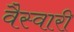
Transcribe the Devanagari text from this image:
वैस्वारी